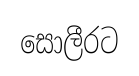
සොලීරට